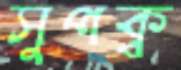
সুপক্ব